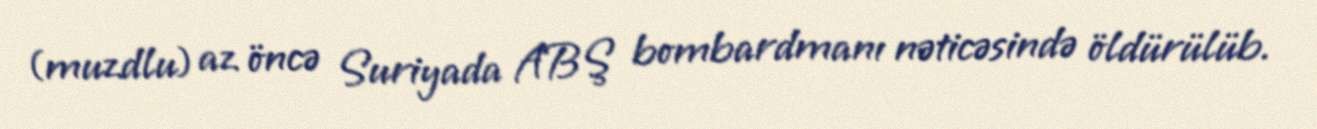
(muzdlu) az öncə Suriyada ABŞ bombardmanı nəticəsində öldürülüb.